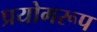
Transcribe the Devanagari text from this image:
प्रयोगरूप